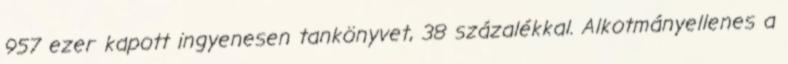
957 ezer kapott ingyenesen tankönyvet, 38 százalékkal. Alkotmányellenes a